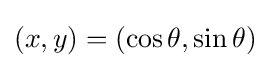
(x,y)=(\cos \theta ,\sin \theta )